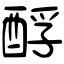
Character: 酻